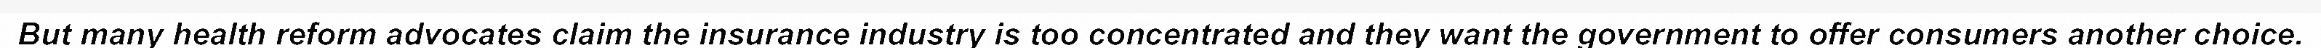
But many health reform advocates claim the insurance industry is too concentrated and they want the government to offer consumers another choice.